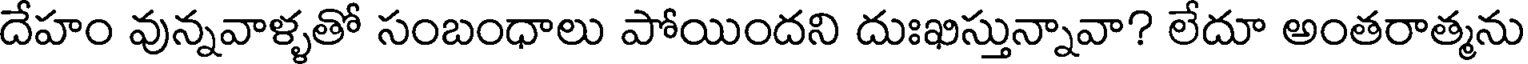
దేహం వున్నవాళ్ళతో సంబంధాలు పోయిందని దుఃఖిస్తున్నావా? లేదూ అంతరాత్మను